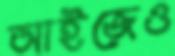
আইজেও